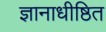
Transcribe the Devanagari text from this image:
ज्ञानाधीष्ठित